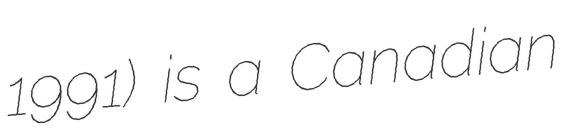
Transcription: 1991) is a Canadian